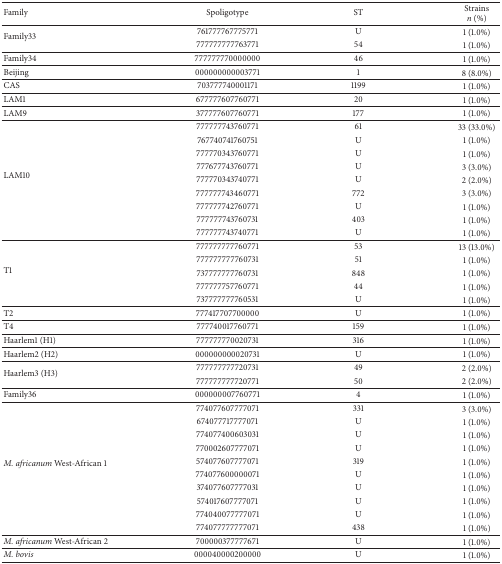
<table><thead><tr><td><b>Family</b></td><td><b>Spoligotype</b></td><td><b>ST</b></td><td><b>Strains<i>n</i> (%)</b></td></tr></thead><tbody><tr><td rowspan="2">Family33</td><td>761777767775771</td><td>U</td><td>1 (1.0%)</td></tr><tr><td>777777777763771</td><td>54</td><td>1 (1.0%)</td></tr><tr><td>Family34</td><td>777777770000000</td><td>46</td><td>1 (1.0%)</td></tr><tr><td>Beijing</td><td>000000000003771</td><td>1</td><td>8 (8.0%)</td></tr><tr><td>CAS</td><td>703777740001171</td><td>1199</td><td>1 (1.0%)</td></tr><tr><td>LAM1</td><td>677777607760771</td><td>20</td><td>1 (1.0%)</td></tr><tr><td>LAM9</td><td>377777607760771</td><td>177</td><td>1 (1.0%)</td></tr><tr><td rowspan="9">LAM10</td><td>777777743760771</td><td>61</td><td>33 (33.0%)</td></tr><tr><td>767740741760751</td><td>U</td><td>1 (1.0%)</td></tr><tr><td>777770343760771</td><td>U</td><td>1 (1.0%)</td></tr><tr><td>777677743760771</td><td>U</td><td>3 (3.0%)</td></tr><tr><td>777770343740771</td><td>U</td><td>2 (2.0%)</td></tr><tr><td>777777743460771</td><td>772</td><td>3 (3.0%)</td></tr><tr><td>777777742760771</td><td>U</td><td>1 (1.0%)</td></tr><tr><td>777777743760731</td><td>403</td><td>1 (1.0%)</td></tr><tr><td>777777743740771</td><td>U</td><td>1 (1.0%)</td></tr><tr><td rowspan="5">T1</td><td>777777777760771</td><td>53</td><td>13 (13.0%)</td></tr><tr><td>777777777760731</td><td>51</td><td>1 (1.0%)</td></tr><tr><td>737777777760731</td><td>848</td><td>1 (1.0%)</td></tr><tr><td>777777757760771</td><td>44</td><td>1 (1.0%)</td></tr><tr><td>737777777760531</td><td>U</td><td>1 (1.0%)</td></tr><tr><td>T2</td><td>777417707700000</td><td>U</td><td>1 (1.0%)</td></tr><tr><td>T4</td><td>777740017760771</td><td>159</td><td>1 (1.0%)</td></tr><tr><td>Haarlem1 (H1)</td><td>777777770020731</td><td>316</td><td>1 (1.0%)</td></tr><tr><td>Haarlem2 (H2)</td><td>000000000020731</td><td>U</td><td>1 (1.0%)</td></tr><tr><td rowspan="2">Haarlem3 (H3)</td><td>777777777720731</td><td>49</td><td>2 (2.0%)</td></tr><tr><td>777777777720771</td><td>50</td><td>2 (2.0%)</td></tr><tr><td>Family36</td><td>000000007760771</td><td>4</td><td>1 (1.0%)</td></tr><tr><td rowspan="10"><i>M. africanum </i>West-African 1</td><td>774077607777071</td><td>331</td><td>3 (3.0%)</td></tr><tr><td>674077717777071</td><td>U</td><td>1 (1.0%)</td></tr><tr><td>774077400603031</td><td>U</td><td>1 (1.0%)</td></tr><tr><td>770002607777071</td><td>U</td><td>1 (1.0%)</td></tr><tr><td>574077607777071</td><td>319</td><td>1 (1.0%)</td></tr><tr><td>774077600000071</td><td>U</td><td>1 (1.0%)</td></tr><tr><td>374077607777031</td><td>U</td><td>1 (1.0%)</td></tr><tr><td>574017607777071</td><td>U</td><td>1 (1.0%)</td></tr><tr><td>774040077777071</td><td>U</td><td>1 (1.0%)</td></tr><tr><td>774077777777071</td><td>438</td><td>1 (1.0%)</td></tr><tr><td><i>M. africanum </i>West-African 2</td><td>700000377777671</td><td>U</td><td>1 (1.0%)</td></tr><tr><td><i>M. bovis</i></td><td>000040000200000</td><td>U</td><td>1 (1.0%)</td></tr></tbody></table>